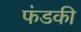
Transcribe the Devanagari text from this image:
फंडकी